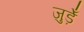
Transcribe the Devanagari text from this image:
जुड़ेँ